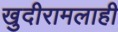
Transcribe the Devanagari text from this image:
खुदीरामलाही